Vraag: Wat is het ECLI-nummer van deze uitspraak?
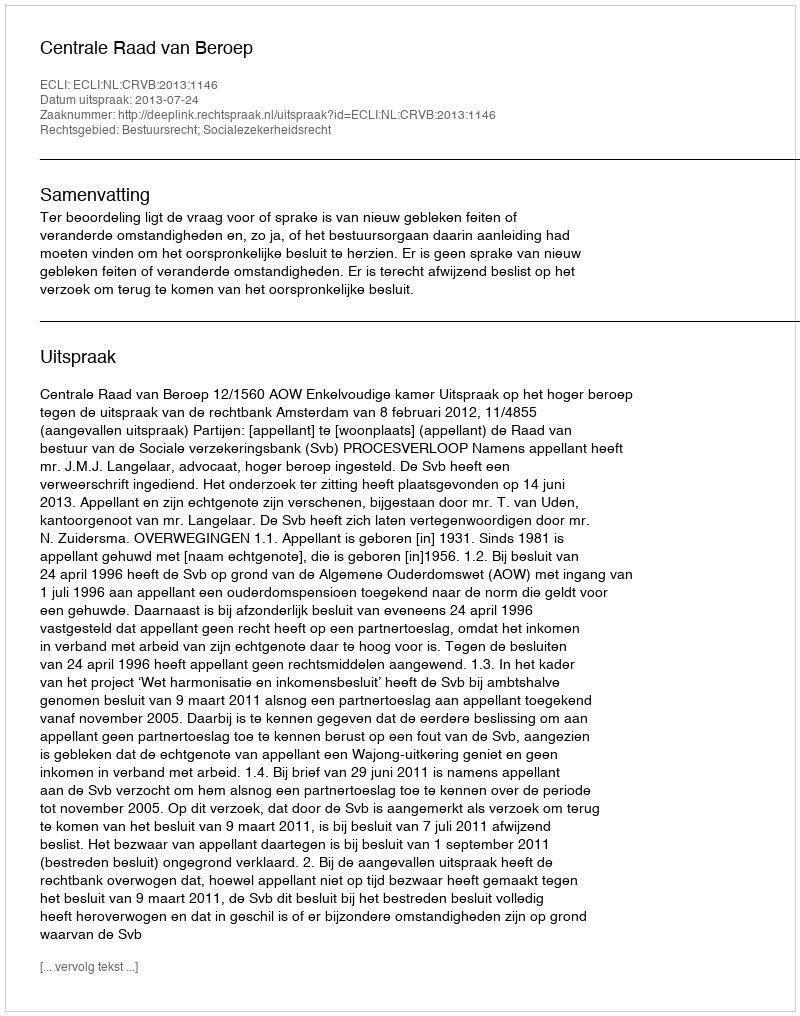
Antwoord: ECLI:NL:CRVB:2013:1146